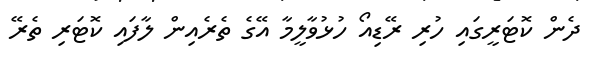
ދެން ކޮޓަރީގައި ހުރި ރޭޑިއޯ ހުޅުވާލީމާ އޭގެ ތެރެއިން ލާފައި ކޮޓަރި ތެރޭ